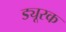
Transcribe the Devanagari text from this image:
ड्यूरक